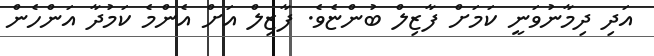
އަދި ދިމާނުވަނީ ކަމަށް ފާޒިލް ބުންޏެވެ. ފާޒިލް އަށް އެންމެ ކަމުދާ އަންހެން